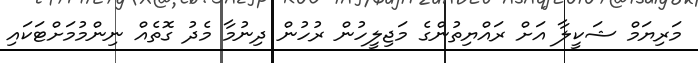
މަރިޔަމް ޝަކީލާ އަށް ރައްޔިތުންގެ މަޖިލީހުން ރުހުން ދިނުމާ މެދު ގޮތެއް ނިންމުމަށްޓަކައި